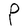
Character: P